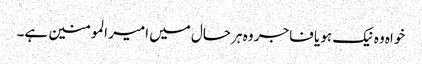
خواہ وہ نیک ہو یا فاجر وہ ہر حال میں امیر المومنین ہے۔